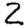
Digit: 2